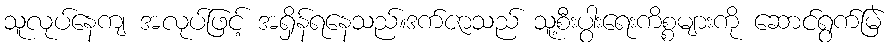
သူလုပ်နေကျ အလုပ်ဖြင့် အရှိန်ရနေသည်။ဒက်ဇာသည် သူ့စီးပွါးရေးကိစ္စများကို ဆောင်ရွက်မြဲ